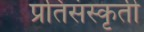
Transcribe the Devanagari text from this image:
प्रतिसंस्कृती